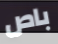
باص